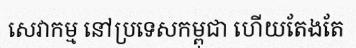
សេវាកម្ម នៅប្រទេសកម្ពុជា ហើយតែងតែ